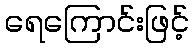
ရေကြောင်းဖြင့်